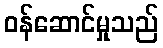
ဝန်ဆောင်မှုသည်